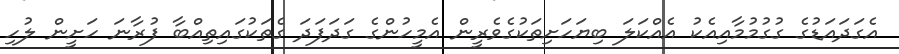
އެގަދައަޑުގެ ގުގުމުމާއިއެކު އެއްކަލަ ބިޔަހަށިތަކުގެވެރީން އެމީހުންގެ ގަދަފަދަ ގެތަކުގައިތިއްބާ ފުރާނަ ހަށީން ލުހި